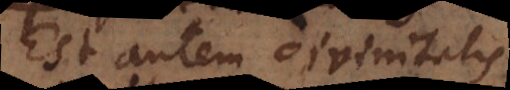
Est autem divinitatis